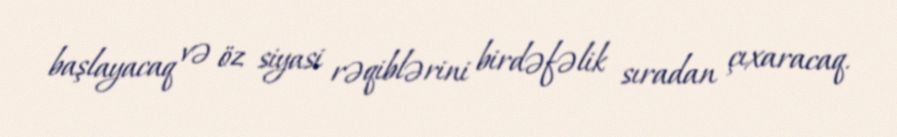
başlayacaq və öz siyasi rəqiblərini birdəfəlik sıradan çıxaracaq.